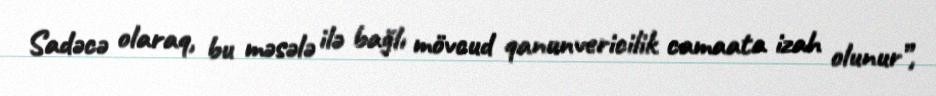
Sadəcə olaraq, bu məsələ ilə bağlı mövcud qanunvericilik camaata izah olunur”,